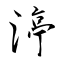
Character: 渟